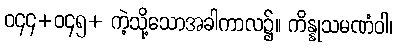
ဝ၄၄+ဝ၄၅+ ကဲ့သို့သောအခါကာလ၌။ ကိန္နုသမဏံဝါ၊